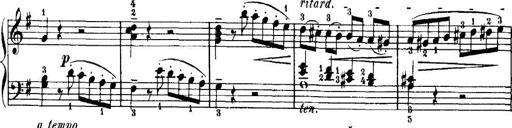
Title: 7 Sonatinas
Composer: Anton Diabelli